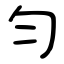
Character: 匀